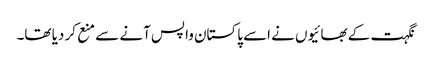
نگہت کے بھائیوں نے اسے پاکستان واپس آنے سے منع کر دیا تھا۔